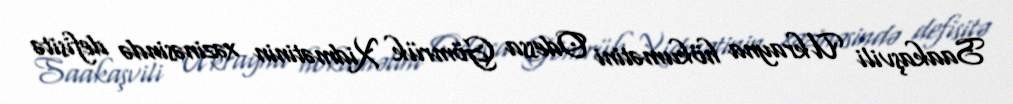
Saakaşvili Ukrayna hökumətini Odessa Gömrük Xidmətinin xəzinəsində defisitə